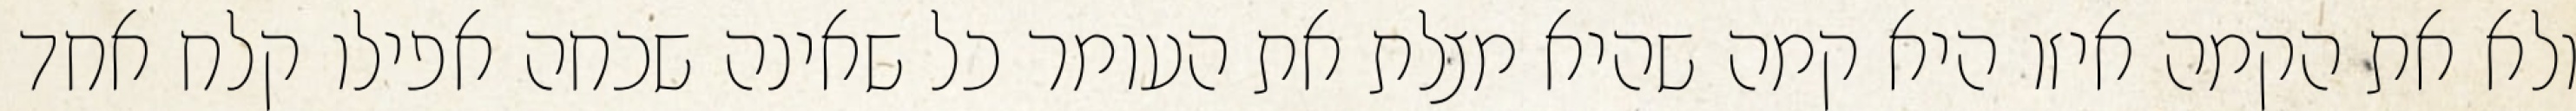
ולא את הקמה איזו היא קמה שהיא מצלת את העומר כל שאינה שכחה אפילו קלח אחד